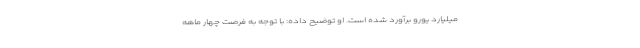
میلیارد یورو برآورد شده است. او توضیح داده: با توجه به فرصت چهار ماهه